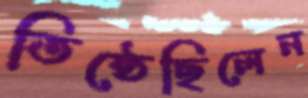
তিষ্ঠেছিলেন